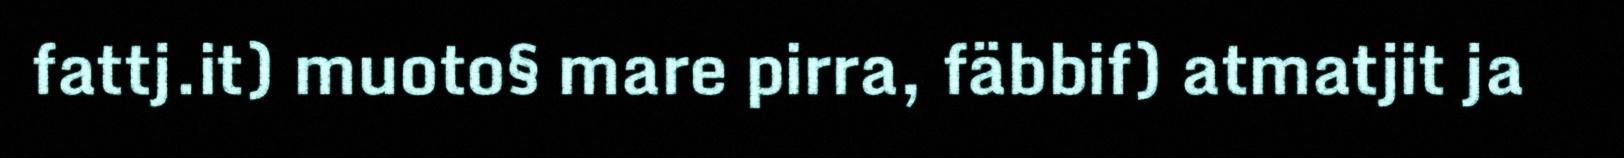
fattj.it) muoto§ mare pirra, fäbbif) atmatjit ja